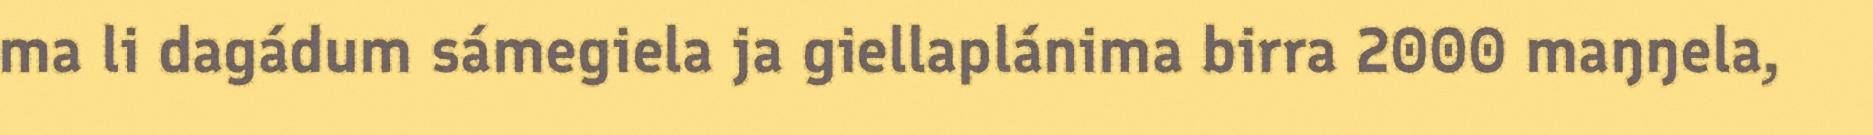
ma li dagádum sámegiela ja giellaplánima birra 2000 maŋŋela,